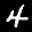
Label: 4